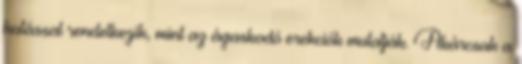
hatással rendelkezik, mint az ágaskodó erekciók mutatják. Akárcsak a